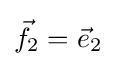
{\vec {f}}_{2}={\vec {e}}_{2}